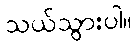
သယ်သွားပါ။